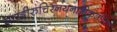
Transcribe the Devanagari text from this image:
सारङ्गीरुचिरनयनाङ्गीकृतशिवा।